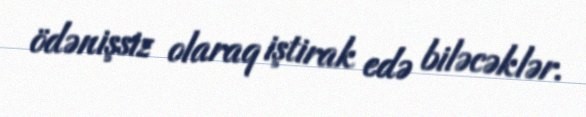
ödənişsiz olaraq iştirak edə biləcəklər.